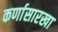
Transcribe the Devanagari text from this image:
कर्णासारखा